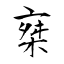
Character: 椉